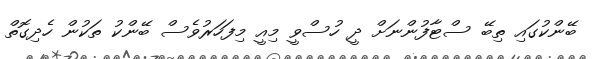
ބޭންކުގައި ތިބޭ ސްޓާފުންނަށް ދީ ހުސްވީ މިއީ މިފަހަރުވެސް ބޭންކު ތަކުން ހެދިގޮތް